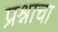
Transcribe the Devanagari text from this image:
प्रश्र्नाचा